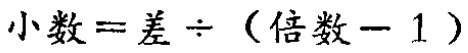
\(小数 = 差\div(倍数 - 1)\)